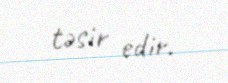
təsir edir.